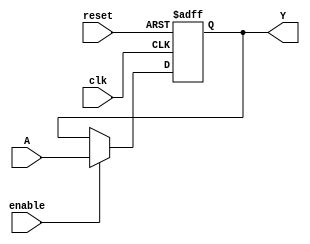
module FFP1(input wire clk, reset, enable, A, output reg Y);
 always @ (posedge clk or posedge reset) begin
    if (reset)
      Y <= 1'b0;
    else if(enable)
      Y <= A;
  end
endmodule

module FFP2(input wire clk, reset, enable,input wire[1:0] A, output wire[1:0] Y);
  FFP1 F1(clk, reset, enable, A[0], Y[0]);
  FFP1 F2(clk, reset, enable, A[1], Y[1]);
endmodule

module FFP4(input wire clk, reset, enable,input wire[3:0] A, output wire[3:0] Y);
  FFP1 F3(clk, reset, enable, A[0], Y[0]);
  FFP1 F4(clk, reset, enable, A[1], Y[1]);
  FFP1 F5(clk, reset, enable, A[2], Y[2]);
  FFP1 F6(clk, reset, enable, A[3], Y[3]);
endmodule